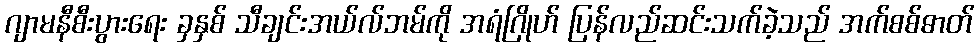
ဂျာမနီစီးပွားရေး ခှနှစ် သီချင်းအယ်လ်ဘမ်ကို အရံဂြိုဟ် ပြန်လည်ဆင်းသက်ခဲ့သည် အက်စစ်ဓာတ်